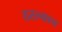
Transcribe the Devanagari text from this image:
ठरल्याच